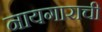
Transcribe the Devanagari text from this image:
नायगाराची